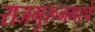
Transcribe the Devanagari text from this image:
राजगुरूनगरचे